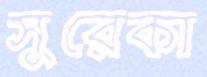
সুরেকা